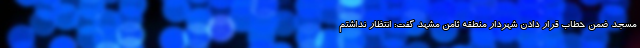
مسجد ضمن خطاب قرار دادن شهردار منطقه ثامن مشهد گفت: انتظار نداشتم